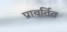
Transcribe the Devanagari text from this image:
प्रावर्तित